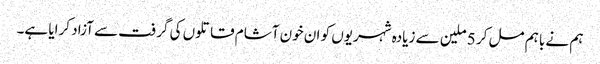
ہم نے باہم مل کر 5 ملین سے زیادہ شہریوں کو ان خون آشام قاتلوں کی گرفت سے آزاد کرایا ہے۔